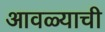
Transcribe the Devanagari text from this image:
आवळ्याची